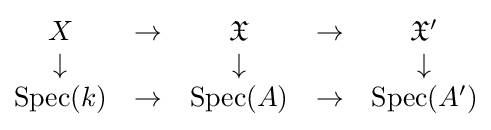
{\begin{matrix}X&\to &{\mathfrak {X}}&\to &{\mathfrak {X}}'\\\downarrow &&\downarrow &&\downarrow \\\operatorname {Spec} (k)&\to &\operatorname {Spec} (A)&\to &\operatorname {Spec} (A')\end{matrix}}